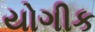
યોગીક